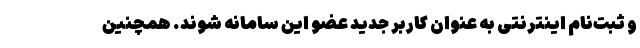
و ثبت‌نام اینترنتی به عنوان کاربر جدید عضو این سامانه شوند. همچنین